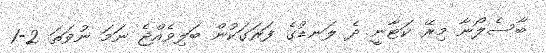
ބާސެލޯނާ މިރޭ ކަޓާނީ ދެ ލަނޑުގެ ފަރަގަކުން ބަލިވެއްޖެ ނަމަ ނުވަތަ 2-1